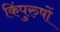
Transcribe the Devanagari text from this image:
किंपुरुषों